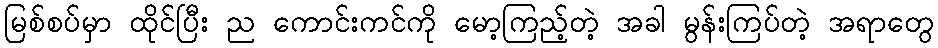
မြစ်စပ်မှာ ထိုင်ပြီး ည ကောင်းကင်ကို မော့ကြည့်တဲ့ အခါ မွန်းကြပ်တဲ့ အရာတွေ